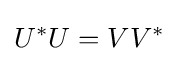
U^{*}U=VV^{*}